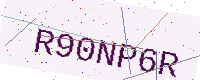
Text: R90NP6R